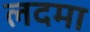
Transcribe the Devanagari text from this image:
लदमा